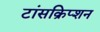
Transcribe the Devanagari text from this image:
टांसक्रिप्शन